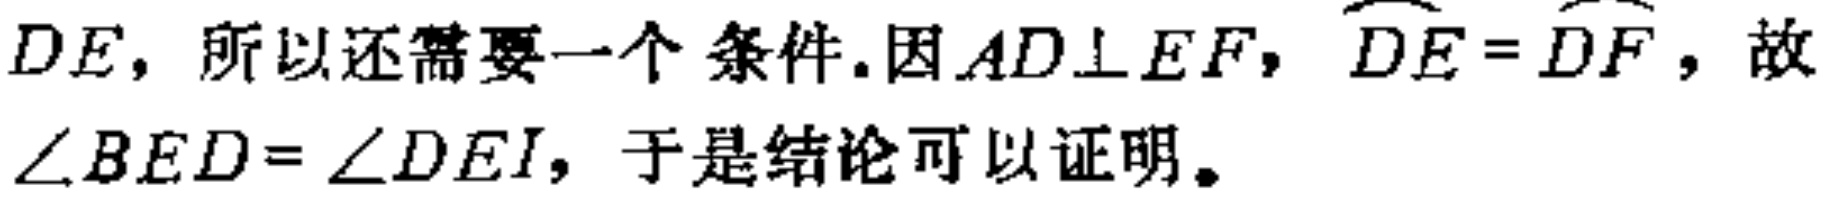
$DE，所以还需要一个条件.因AD\perp EF，\overset{\frown}{DE}=\overset{\frown}{DF}，故\angle BED = \angle DEI，于是结论可以证明。$